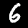
Label: 6